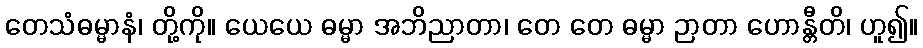
တေသံဓမ္မာနံ၊ တို့ကို။ ယေယေ ဓမ္မာ အဘိညာတာ၊ တေ တေ ဓမ္မာ ဉာတာ ဟောန္တီတိ၊ ဟူ၍။